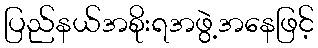
ပြည်နယ်အစိုးရအဖွဲ့အနေဖြင့်